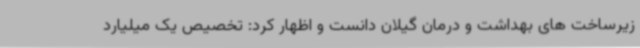
زیرساخت های بهداشت و درمان گیلان دانست و اظهار کرد: تخصیص یک میلیارد